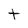
Character: t